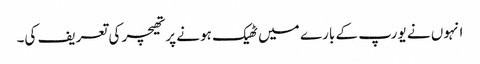
انہوں نے یورپ کے بارے میں ٹھیک ہونے پر تھیچر کی تعریف کی۔